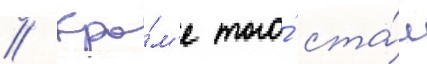
// Кро́м'е того́ ста́л